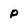
Character: p